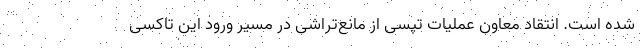
شده است. انتقاد معاون عملیات تپسی از مانع‌تراشی در مسیر ورود این تاکسی